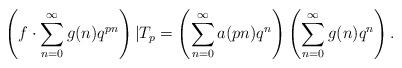
LaTeX: \begin{align*}\left(f\cdot\sum_{n=0}^\infty g(n)q^{pn}\right)|T_p=\left(\sum_{n=0}^\infty a(pn)q^{n}\right)\left(\sum_{n=0}^\infty g(n)q^{n}\right).\end{align*}